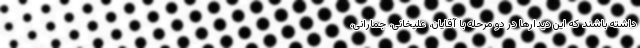
داشته باشند که این دیدارها در دو مرحله با آقایان، علیخانی، جمارانی،